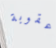
عقوبة